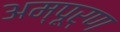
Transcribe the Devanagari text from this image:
अम्पूर्ण